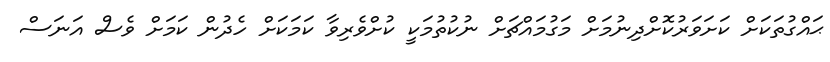
ޙައްގުތަކަށް ކަށަވަރުކޮށްދިނުމަށް މަގުމައްޗަށް ނުކުތުމަކީ ކުށްވެރިވާ ކަމަކަށް ހެދުން ކަމަށް ވެސް އަނަސް